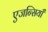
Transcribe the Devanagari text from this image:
एजन्सियाँ